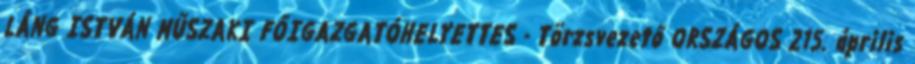
LÁNG ISTVÁN MŰSZAKI FŐIGAZGATÓHELYETTES - Törzsvezető ORSZÁGOS 215. április